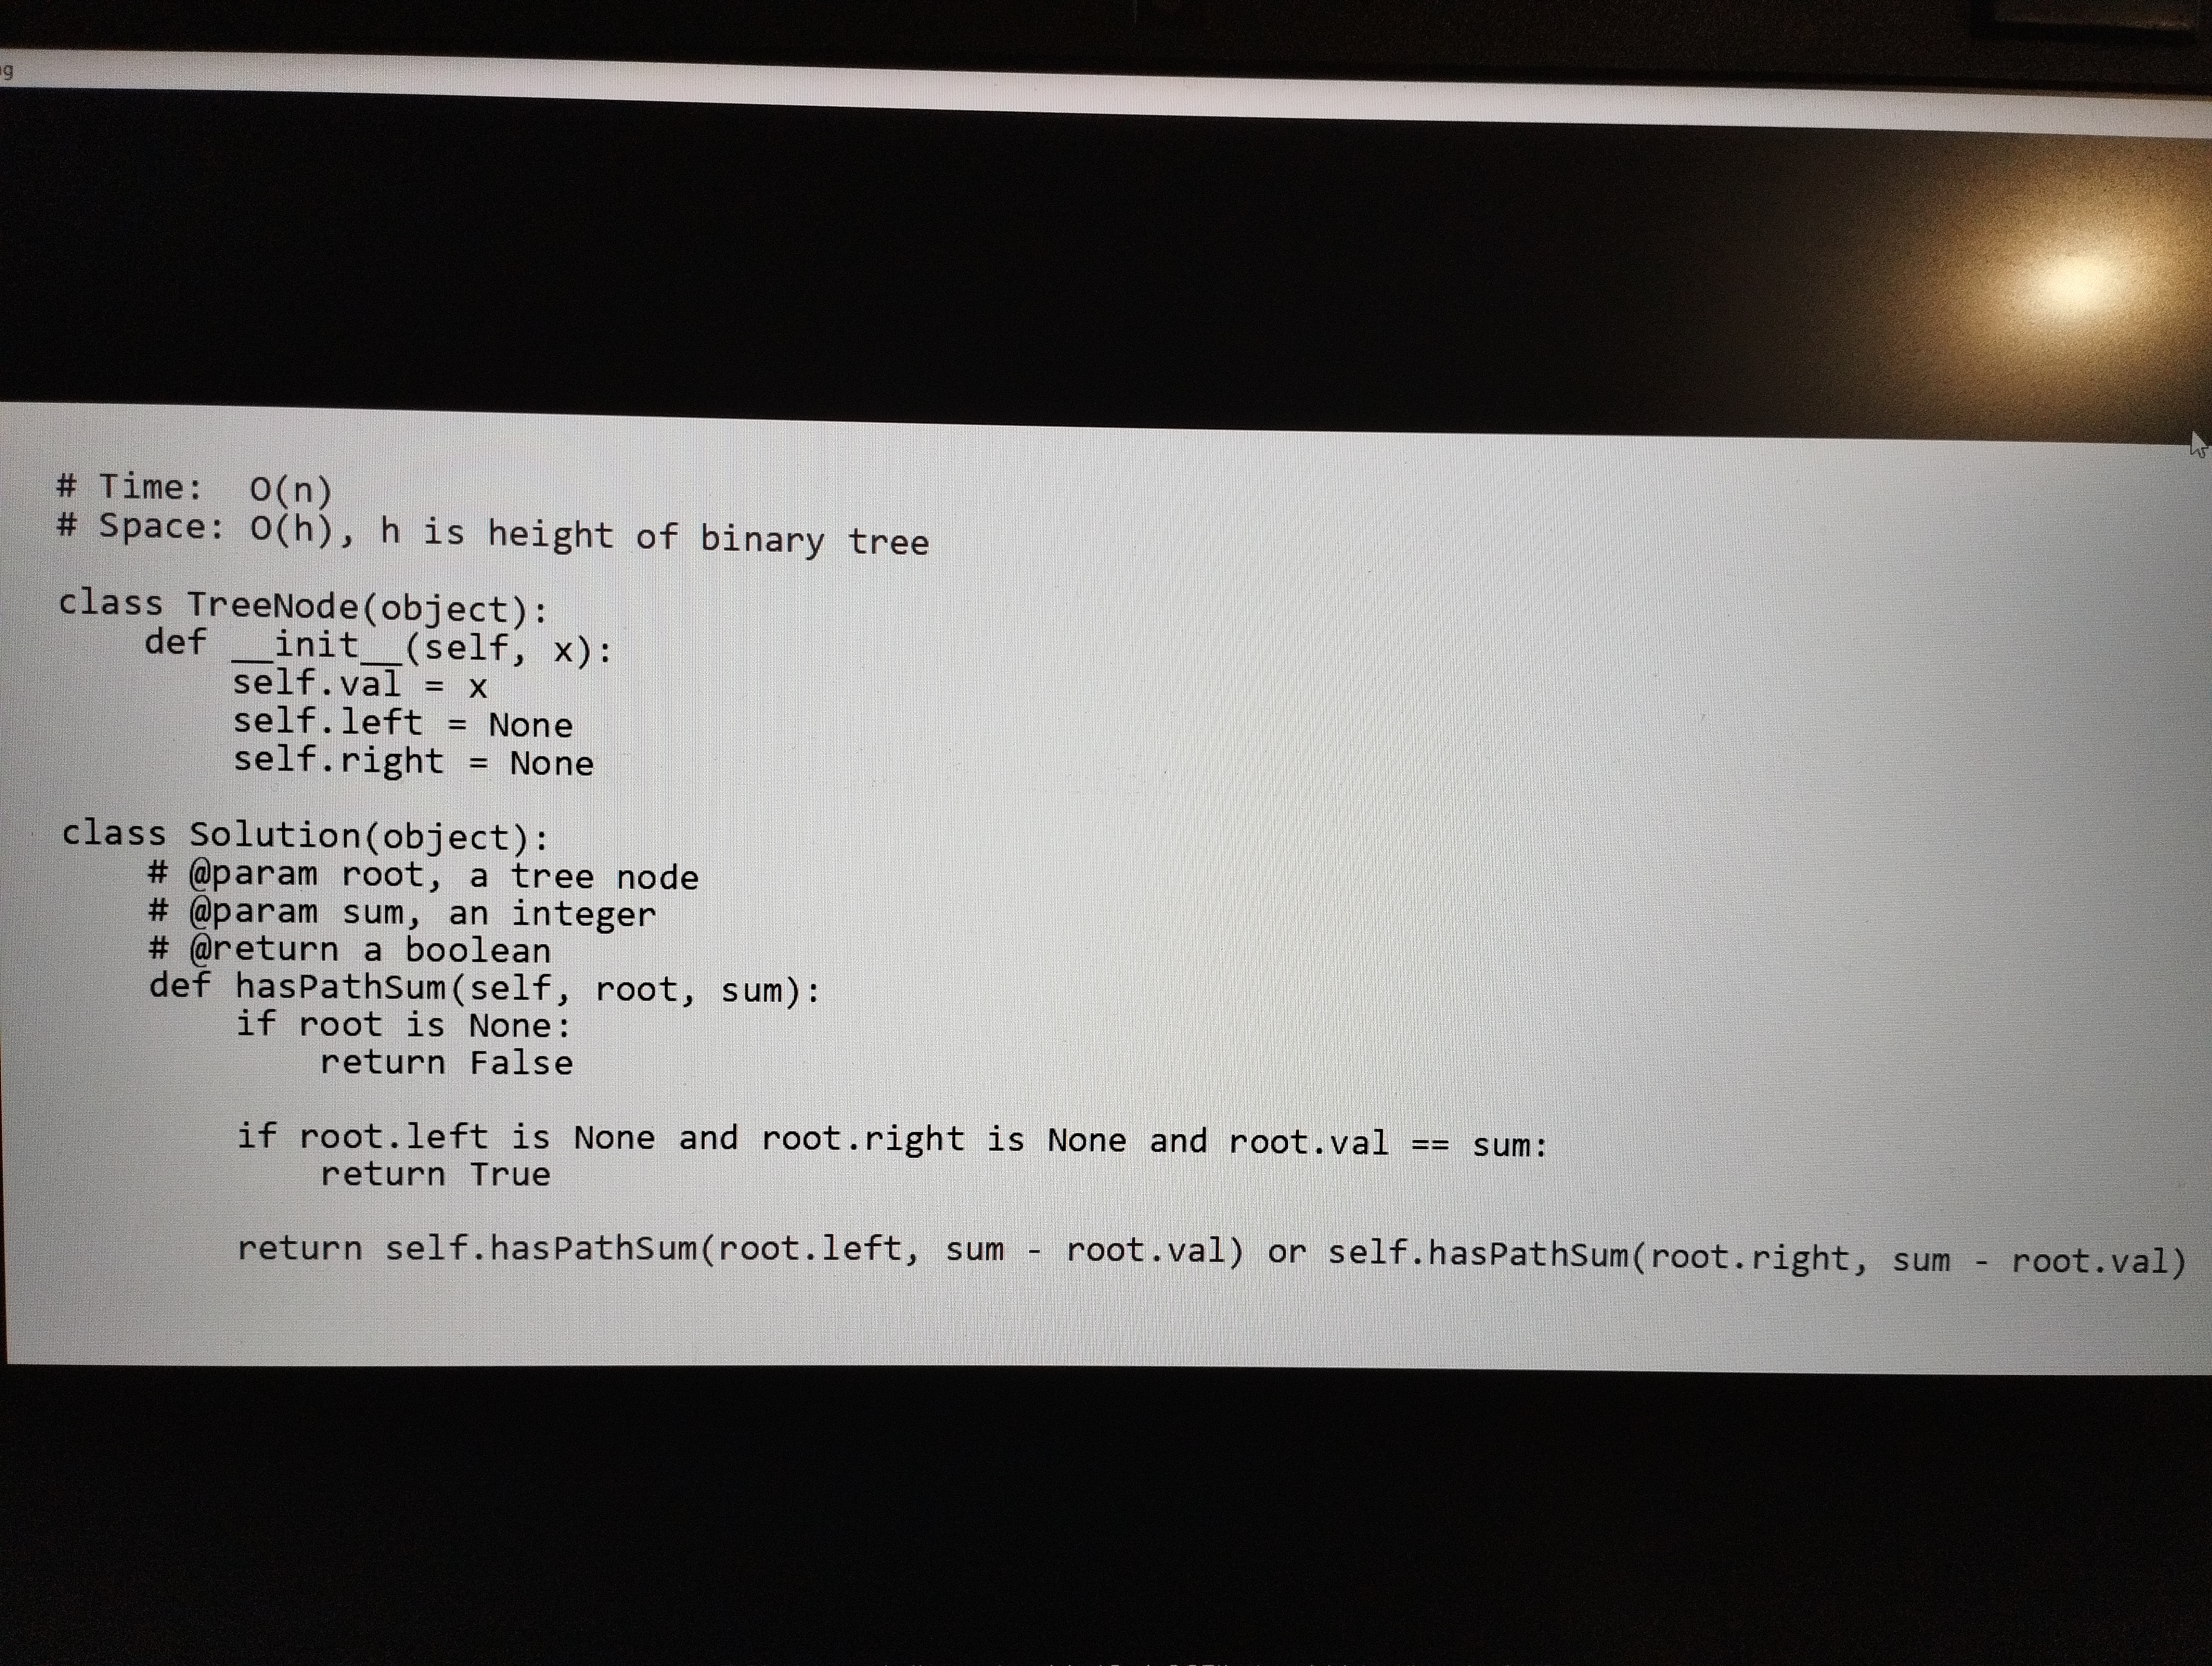
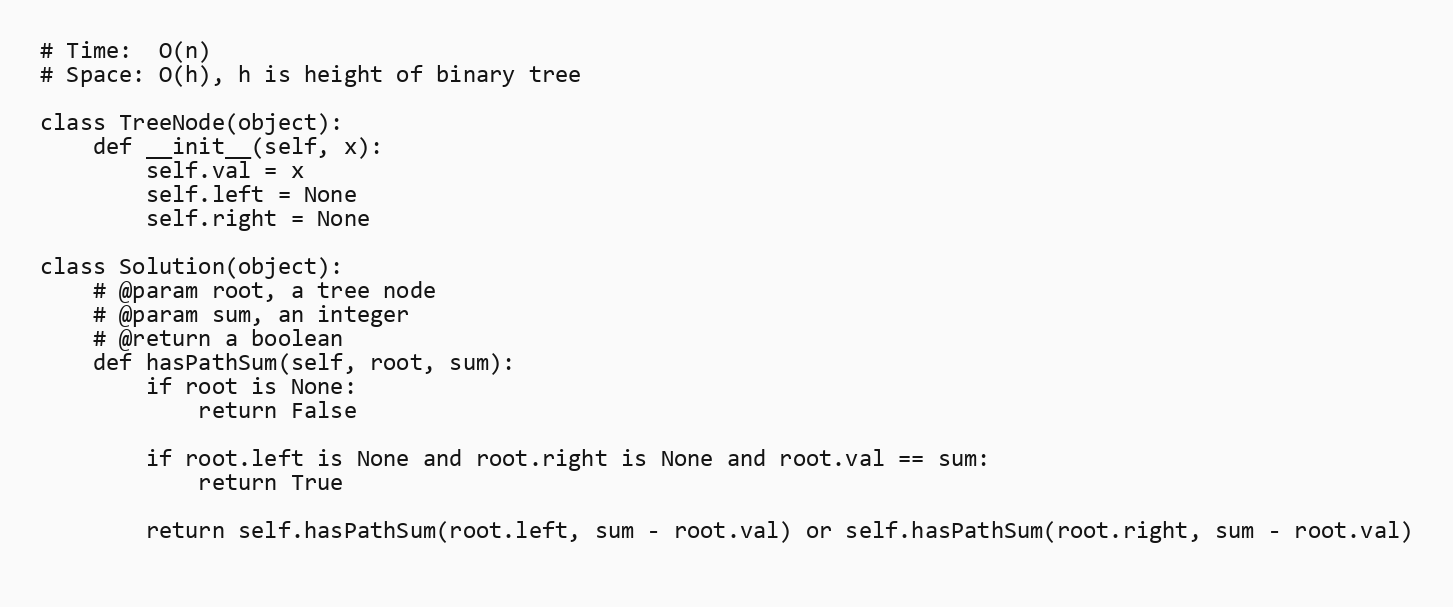
# Time:  O(n)
# Space: O(h), h is height of binary tree

class TreeNode(object):
    def __init__(self, x):
        self.val = x
        self.left = None
        self.right = None

class Solution(object):
    # @param root, a tree node
    # @param sum, an integer
    # @return a boolean
    def hasPathSum(self, root, sum):
        if root is None:
            return False

        if root.left is None and root.right is None and root.val == sum:
            return True

        return self.hasPathSum(root.left, sum - root.val) or self.hasPathSum(root.right, sum - root.val)